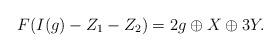
LaTeX: \begin{align*}F(I(g)-Z_1-Z_2)=2g\oplus X\oplus3Y.\end{align*}